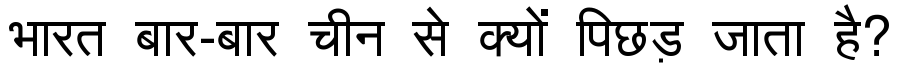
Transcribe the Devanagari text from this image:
भारत बार-बार चीन से क्यों पिछड़ जाता है?